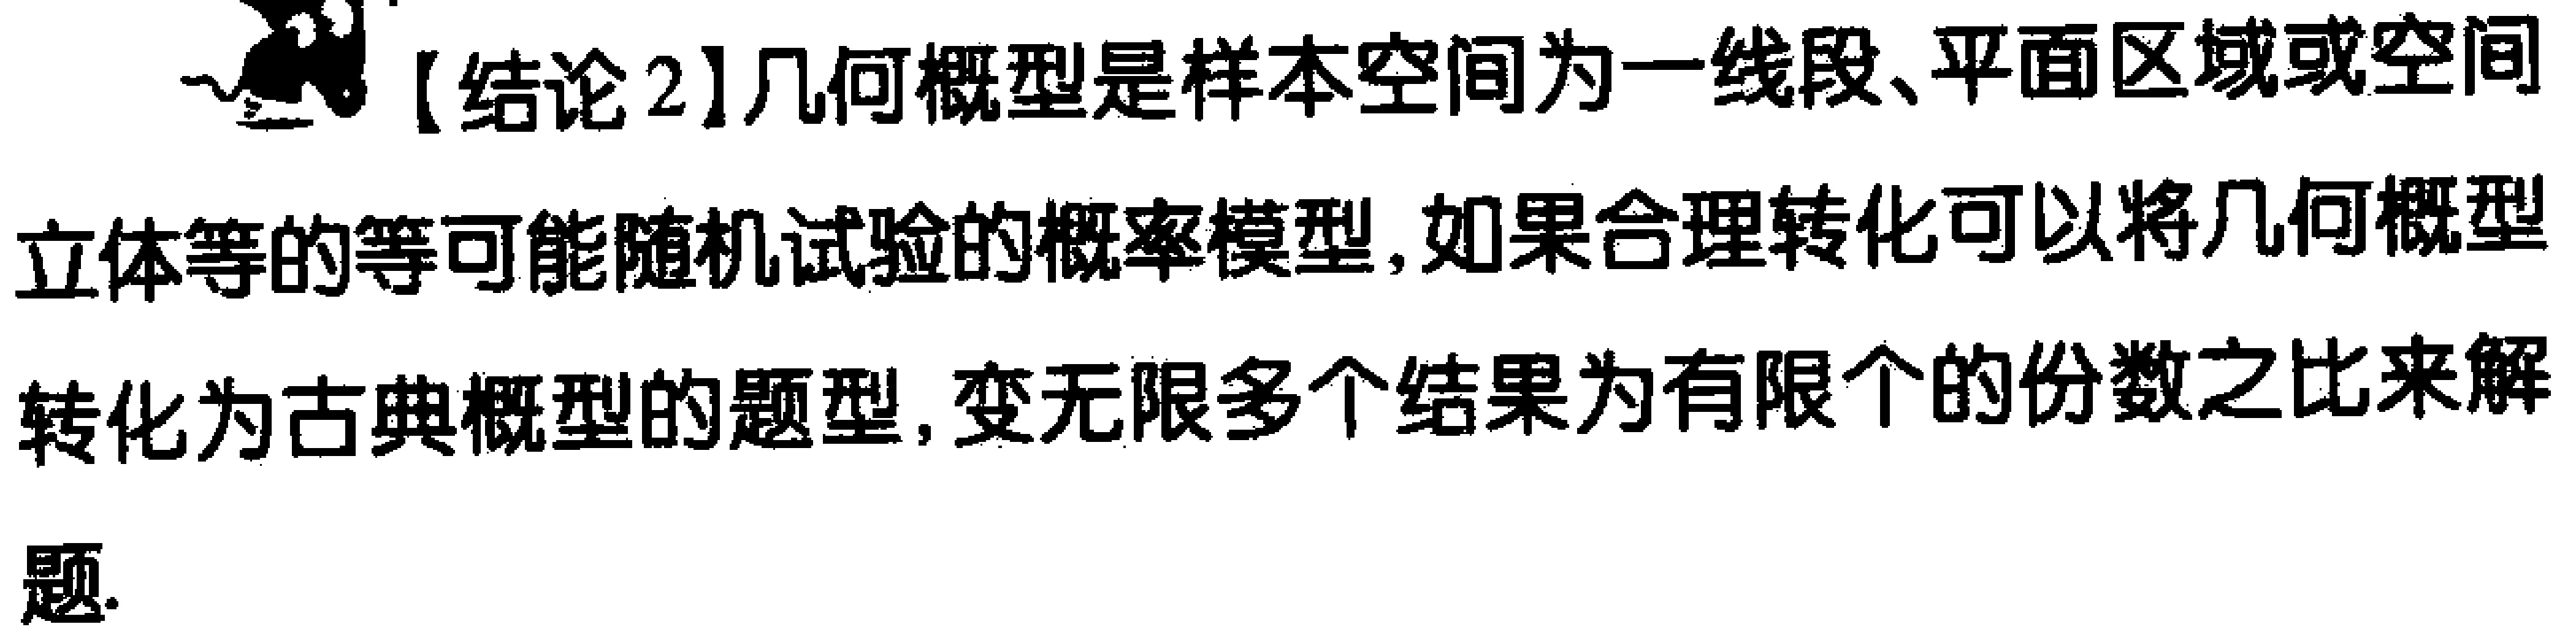
【结论2】几何概型是样本空间为一线段、平面区域或空间立体等的等可能随机试验的概率模型，如果合理转化可以将几何概型转化为古典概型的题型，变无限多个结果为有限个的份数之比来解题.